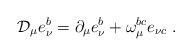
LaTeX: \begin{align*}{\cal D}_\mu e_\nu ^b=\partial _\mu e_\nu ^b+\omega _\mu ^{bc}e_{\nu c}\;.\end{align*}